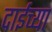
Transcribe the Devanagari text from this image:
दाईच्या